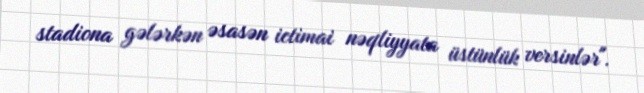
stadiona gələrkən əsasən ictimai nəqliyyata üstünlük versinlər".